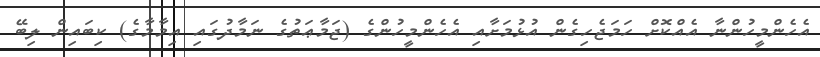
އެހެންމީހުންނާ އެއްކޮށް ހަމަޖެހިގެން އުޅުމަށާއި އެހެންމީހުންގެ (ޖަމާޢަތުގެ ނަމާދުގައި އިމާމާގެ) ކިބައިން ލިބޭ